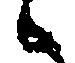
候